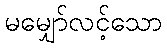
မမျှော်လင့်သော